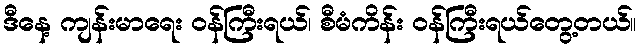
ဒီနေ့ ကျန်းမာရေး ဝန်ကြီးရယ်၊ စီမံကိန်း ဝန်ကြီးရယ်တွေ့တယ်။